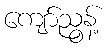
ကျော်ညွန့်